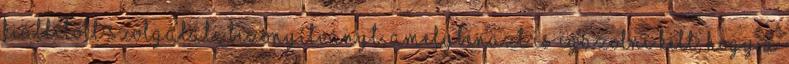
kiállított szolgálati bizonyítványt, amelybenazt is igazolni kell, hogy a